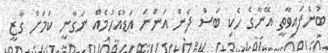
ބުނެފައިވާތީ އޭނާގެ ހެކި ބަސް ދެން އަންނަ އަޑުއެހުމެއް ނަގާނީ ކަމަށް ގާޒީ